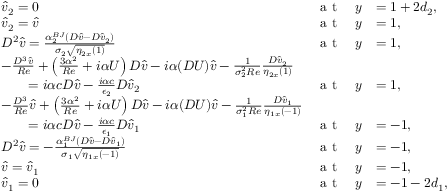
\begin{array} { r l r l } & { \widehat { v } _ { 2 } = 0 \quad } & { \hfill \textnormal { a t } \quad \hfill y } & { = 1 + 2 d _ { 2 } , } \\ & { \widehat { v } _ { 2 } = \widehat { v } \quad } & { \textnormal { a t } \quad y } & { = 1 , } \\ & { D ^ { 2 } \widehat { v } = \frac { \alpha _ { 2 } ^ { B J } ( D \widehat { v } - D \widehat { v } _ { 2 } ) } { \sigma _ { 2 } \sqrt { \eta _ { 2 x } ( 1 ) } } \quad } & { \textnormal { a t } \quad y } & { = 1 , } \\ & { - \frac { D ^ { 3 } \widehat { v } } { R e } + \left( \frac { 3 \alpha ^ { 2 } } { R e } + i \alpha { U } \right) D \widehat { v } - i \alpha ( D { U } ) \widehat { v } - \frac { 1 } { \sigma _ { 2 } ^ { 2 } R e } \frac { D \widehat { v } _ { 2 } } { \eta _ { 2 x } ( 1 ) } } & \\ & { \qquad = i \alpha c D \widehat { v } - \frac { i \alpha c } { \epsilon _ { 2 } } D \widehat { v } _ { 2 } \quad } & { \textnormal { a t } \quad y } & { = 1 , } \\ & { - \frac { D ^ { 3 } } { R e } \widehat { v } + \left( \frac { 3 \alpha ^ { 2 } } { R e } + i \alpha { U } \right) D \widehat { v } - i \alpha ( D { U } ) \widehat { v } - \frac { 1 } { \sigma _ { 1 } ^ { 2 } R e } \frac { D \widehat { v } _ { 1 } } { \eta _ { 1 x } ( - 1 ) } } & \\ & { \qquad = i \alpha c D \widehat { v } - \frac { i \alpha c } { \epsilon _ { 1 } } D \widehat { v } _ { 1 } \quad } & { \textnormal { a t } \quad y } & { = - 1 , } \\ & { D ^ { 2 } \widehat { v } = - \frac { \alpha _ { 1 } ^ { B J } \left( D \widehat { v } - D \widehat { v } _ { 1 } \right) } { \sigma _ { 1 } \sqrt { \eta _ { 1 x } ( - 1 ) } } \quad } & { \textnormal { a t } \quad y } & { = - 1 , } \\ & { \widehat { v } = \widehat { v } _ { 1 } \quad } & { \textnormal { a t } \quad y } & { = - 1 , } \\ & { \widehat { v } _ { 1 } = 0 \quad } & { \textnormal { a t } \quad y } & { = - 1 - 2 d _ { 1 } , } \end{array}